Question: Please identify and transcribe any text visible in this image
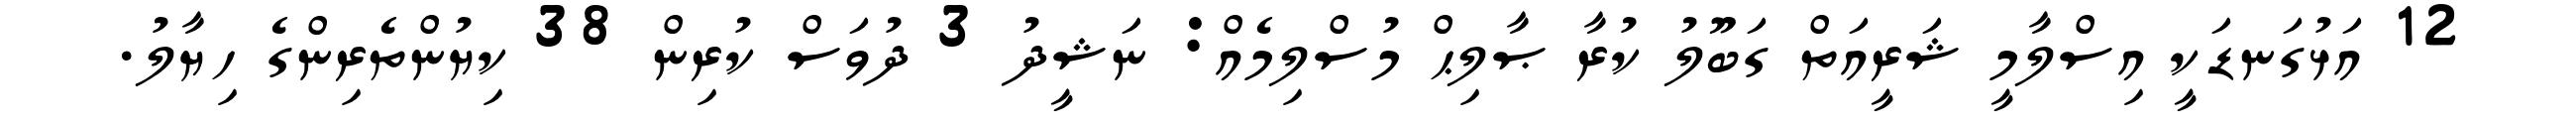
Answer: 12 އަޅުގަނޑަކީ އިސްލާމީ ޝަރީއަތް ގަބޫލު ކުރާ ޞާލިޙް މުސްލިމެއް: ނަޝީދު 3 ދުވަސް ކުރިން 38 ކިޔުންތެރިންގެ ހިޔާލު.